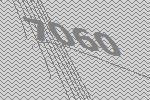
7060